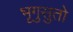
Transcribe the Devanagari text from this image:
भृगुसुतो